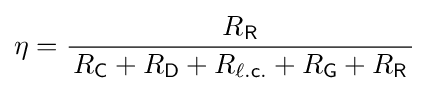
\eta ={\frac {R_{\mathsf {R}}}{\,R_{\mathsf {C}}+R_{\mathsf {D}}+R_{\mathsf {\ell .c.}}+R_{\mathsf {G}}+R_{\mathsf {R}}\,}}